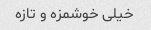
خیلی خوشمزه و تازه